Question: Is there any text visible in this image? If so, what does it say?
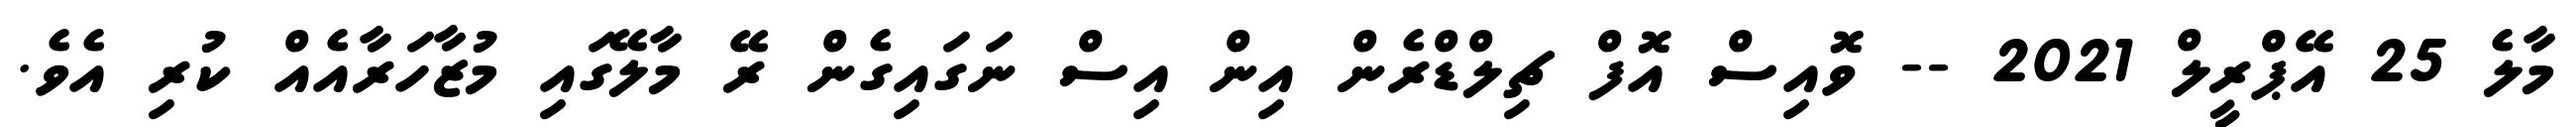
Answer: މާލެ 25 އޭޕްރީލް 2021 -- ވޮއިސް އޮފް ޗިލްޑްރެން އިން އިސް ނަގައިގެން ރޭ މާލޭގައި މުޒާހަރާއެއް ކުރި އެވެ.